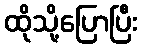
ထိုသို့ပြောပြီး